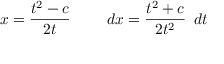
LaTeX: x = { \frac { t ^ { 2 } - c } { 2 t } } \quad \quad \ d x = { \frac { t ^ { 2 } + c } { 2 t ^ { 2 } } } \, \ d t